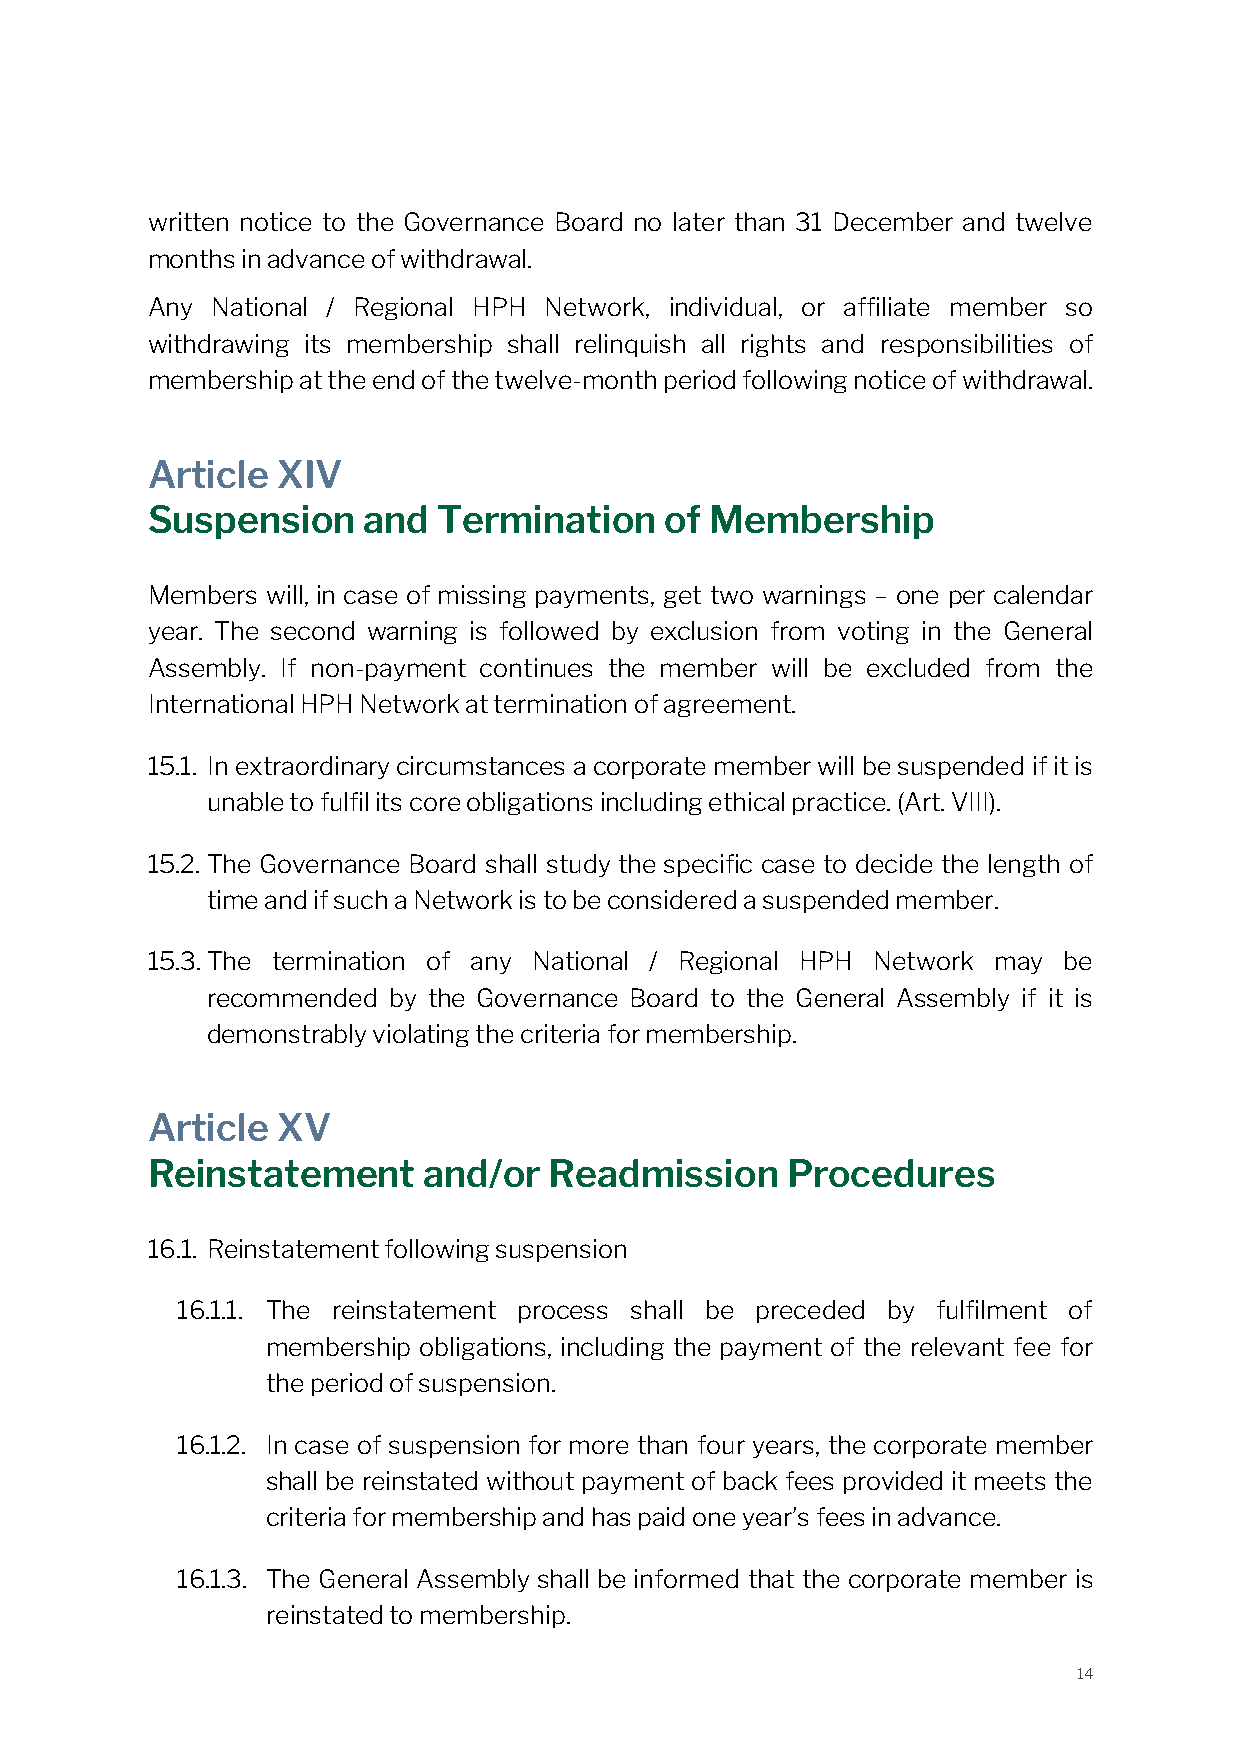
written notice to the Governance Board no later than 31 December and twelve
 months in advance of withdrawal.
 Any National / Regional HPH Network, individual, or affiliate member so
 withdrawing its membership shall relinquish all rights and responsibilities of
 membership at the end of the twelve-month period following notice of withdrawal.
 Article XIV
 Suspension    and  Termination    of Membership
 Members will, in case of missing payments, get two warnings – one per calendar
 year. The second warning is followed by exclusion from voting in the General
 Assembly. If non-payment continues the member will be excluded from the
 International HPH Network at termination of agreement.
 15.1. In extraordinary circumstances a corporate member will be suspended if it is
 unable to fulfil its core obligations including ethical practice. (Art. VIII).
 15.2. The Governance Board shall study the specific case to decide the length of
 time and if such a Network is to be considered a suspended member.
 15.3. The termination of any National / Regional HPH Network may be
 recommended by the Governance Board to the General Assembly if it is
 demonstrably violating the criteria for membership.
 Article XV
 Reinstatement     and/or  Readmission     Procedures
 16.1. Reinstatement following suspension
 16.1.1. The reinstatement process shall be preceded by fulfilment of
 membership obligations, including the payment of the relevant fee for
 the period of suspension.
 16.1.2. In case of suspension for more than four years, the corporate member
 shall be reinstated without payment of back fees provided it meets the
 criteria for membership and has paid one year’s fees in advance.
 16.1.3. The General Assembly shall be informed that the corporate member is
 reinstated to membership.
 14